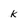
Character: k